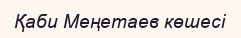
Қаби Меңетаев көшесі